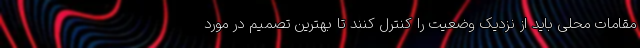
مقامات محلی باید از نزدیک وضعیت را کنترل کنند تا بهترین تصمیم در مورد